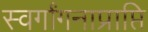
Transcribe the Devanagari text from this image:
स्वर्गांगनाप्राप्ति